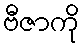
ဗီဇာကို